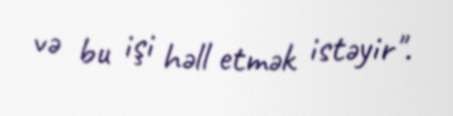
və bu işi həll etmək istəyir".